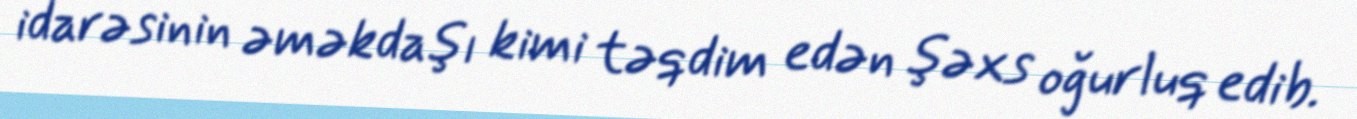
idarəsinin əməkdaşı kimi təqdim edən şəxs oğurluq edib.